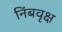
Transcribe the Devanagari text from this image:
निंबवृक्ष